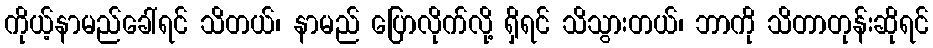
ကိုယ့်နာမည်ခေါ်ရင် သိတယ်၊ နာမည် ပြောလိုက်လို့ ရှိရင် သိသွားတယ်၊ ဘာကို သိတာတုန်းဆိုရင်